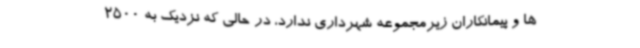
ها و پیمانکاران زیرمجموعه شهرداری ندارد، در حالی که نزدیک به 2500